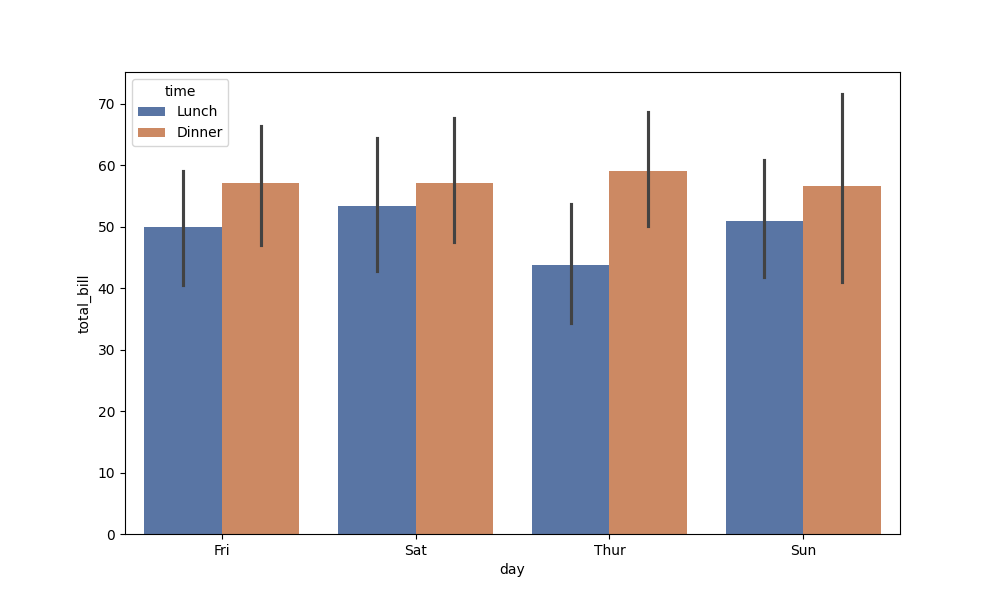
python, seaborn, barplot, hue='time', palette='deep', ci=95, orient='v'